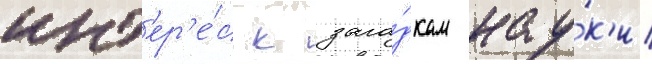
инт'ер'е́с к зага́дкам нау́к'и